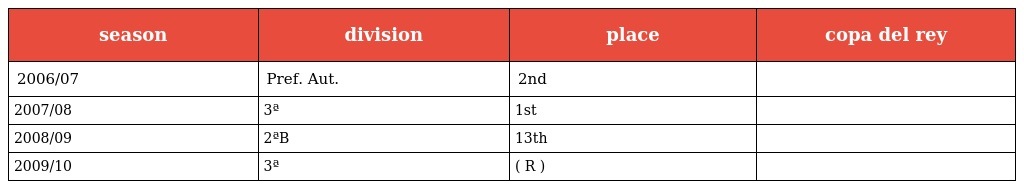
| season | division | place | copa del rey |
 | --- | --- | --- | --- |
 | 2006/07 | Pref. Aut. | 2nd |  |
 | 2007/08 | 3ª | 1st |  |
 | 2008/09 | 2ªB | 13th |  |
 | 2009/10 | 3ª | ( R ) |  |